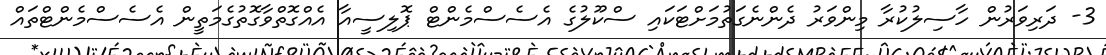
3- ދަރިވަރުން ހާސިލުކުރާ މިންވަރު ދެންނެގަތުމަށްޓަކައި ސްކޫލުގެ އެސެސްމެންޓް ޕޮލިސީއާ އެއްގޮތްވާގޮތުގެމަތީން އެސެސްމެންޓްތައް